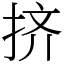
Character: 挤